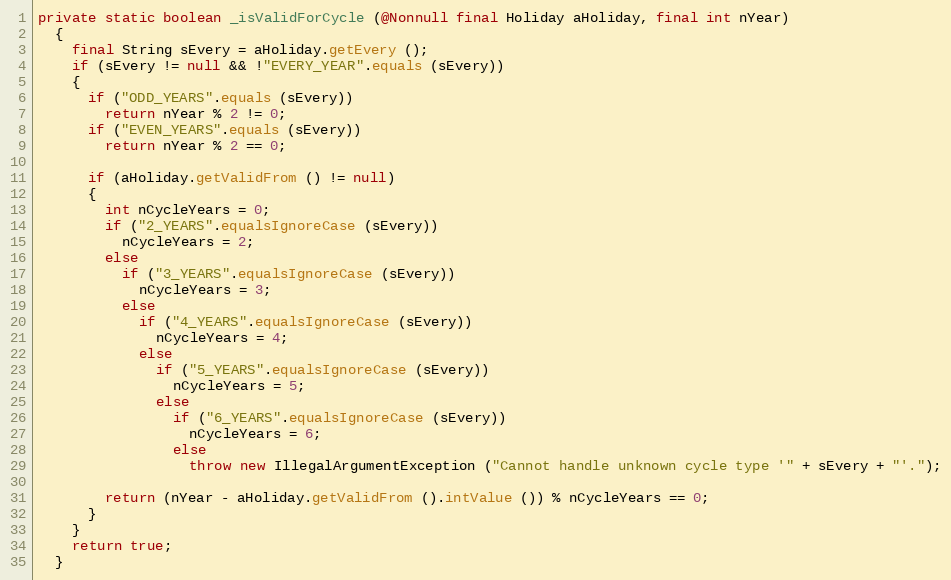
Language: Java
private static boolean _isValidForCycle (@Nonnull final Holiday aHoliday, final int nYear)
  {
    final String sEvery = aHoliday.getEvery ();
    if (sEvery != null && !"EVERY_YEAR".equals (sEvery))
    {
      if ("ODD_YEARS".equals (sEvery))
        return nYear % 2 != 0;
      if ("EVEN_YEARS".equals (sEvery))
        return nYear % 2 == 0;

      if (aHoliday.getValidFrom () != null)
      {
        int nCycleYears = 0;
        if ("2_YEARS".equalsIgnoreCase (sEvery))
          nCycleYears = 2;
        else
          if ("3_YEARS".equalsIgnoreCase (sEvery))
            nCycleYears = 3;
          else
            if ("4_YEARS".equalsIgnoreCase (sEvery))
              nCycleYears = 4;
            else
              if ("5_YEARS".equalsIgnoreCase (sEvery))
                nCycleYears = 5;
              else
                if ("6_YEARS".equalsIgnoreCase (sEvery))
                  nCycleYears = 6;
                else
                  throw new IllegalArgumentException ("Cannot handle unknown cycle type '" + sEvery + "'.");

        return (nYear - aHoliday.getValidFrom ().intValue ()) % nCycleYears == 0;
      }
    }
    return true;
  }